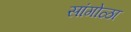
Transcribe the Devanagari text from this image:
सांगोळा